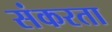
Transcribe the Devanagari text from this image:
संकरता